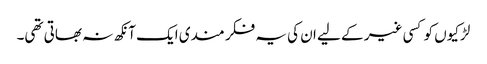
لڑکیوں کو کسی غیر کے لیے ان کی یہ فکر مندی ایک آنکھ نہ بھاتی تھی۔